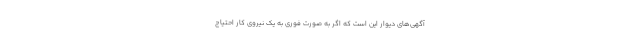
آگهی‌های دیوار این است که اگر به صورت فوری به یک نیروی کار احتیاج